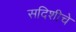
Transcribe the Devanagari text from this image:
सदिशीचे